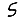
Digit: 5